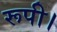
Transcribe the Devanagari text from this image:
रूपी।